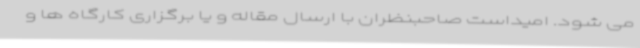
می شود. امیداست صاحبنظران با ارسال مقاله و یا برگزاری کارگاه ها و